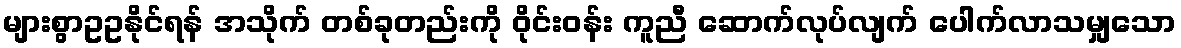
များစွာဥဥနိုင်ရန် အသိုက် တစ်ခုတည်းကို ဝိုင်းဝန်း ကူညီ ဆောက်လုပ်လျက် ပေါက်လာသမျှသော